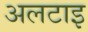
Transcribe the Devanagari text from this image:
अलटाइ